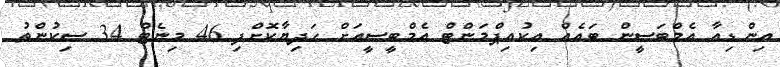
އިންޑިއާ އެމްބަސީން ބައެއް އިކުއިޕްމަންޓް އެމްބީސީއަށް ހަދިޔާކޮށްފި 46 މިނެޓް 34 ސިކުންތު